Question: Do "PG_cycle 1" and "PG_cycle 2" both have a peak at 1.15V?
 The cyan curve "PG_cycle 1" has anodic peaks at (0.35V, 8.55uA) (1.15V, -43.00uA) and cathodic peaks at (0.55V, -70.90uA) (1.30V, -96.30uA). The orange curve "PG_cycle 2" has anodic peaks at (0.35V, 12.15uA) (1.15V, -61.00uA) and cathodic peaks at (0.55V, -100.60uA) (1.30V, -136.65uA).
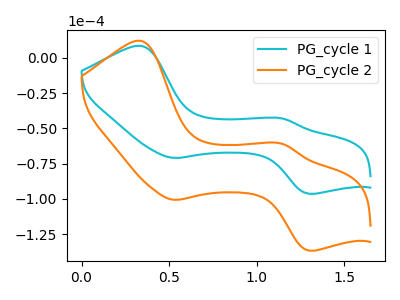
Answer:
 <answer>Yes, "PG_cycle 1" and "PG_cycle 2" share a peak at 1.15V.</answer>
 <eval>match</eval>